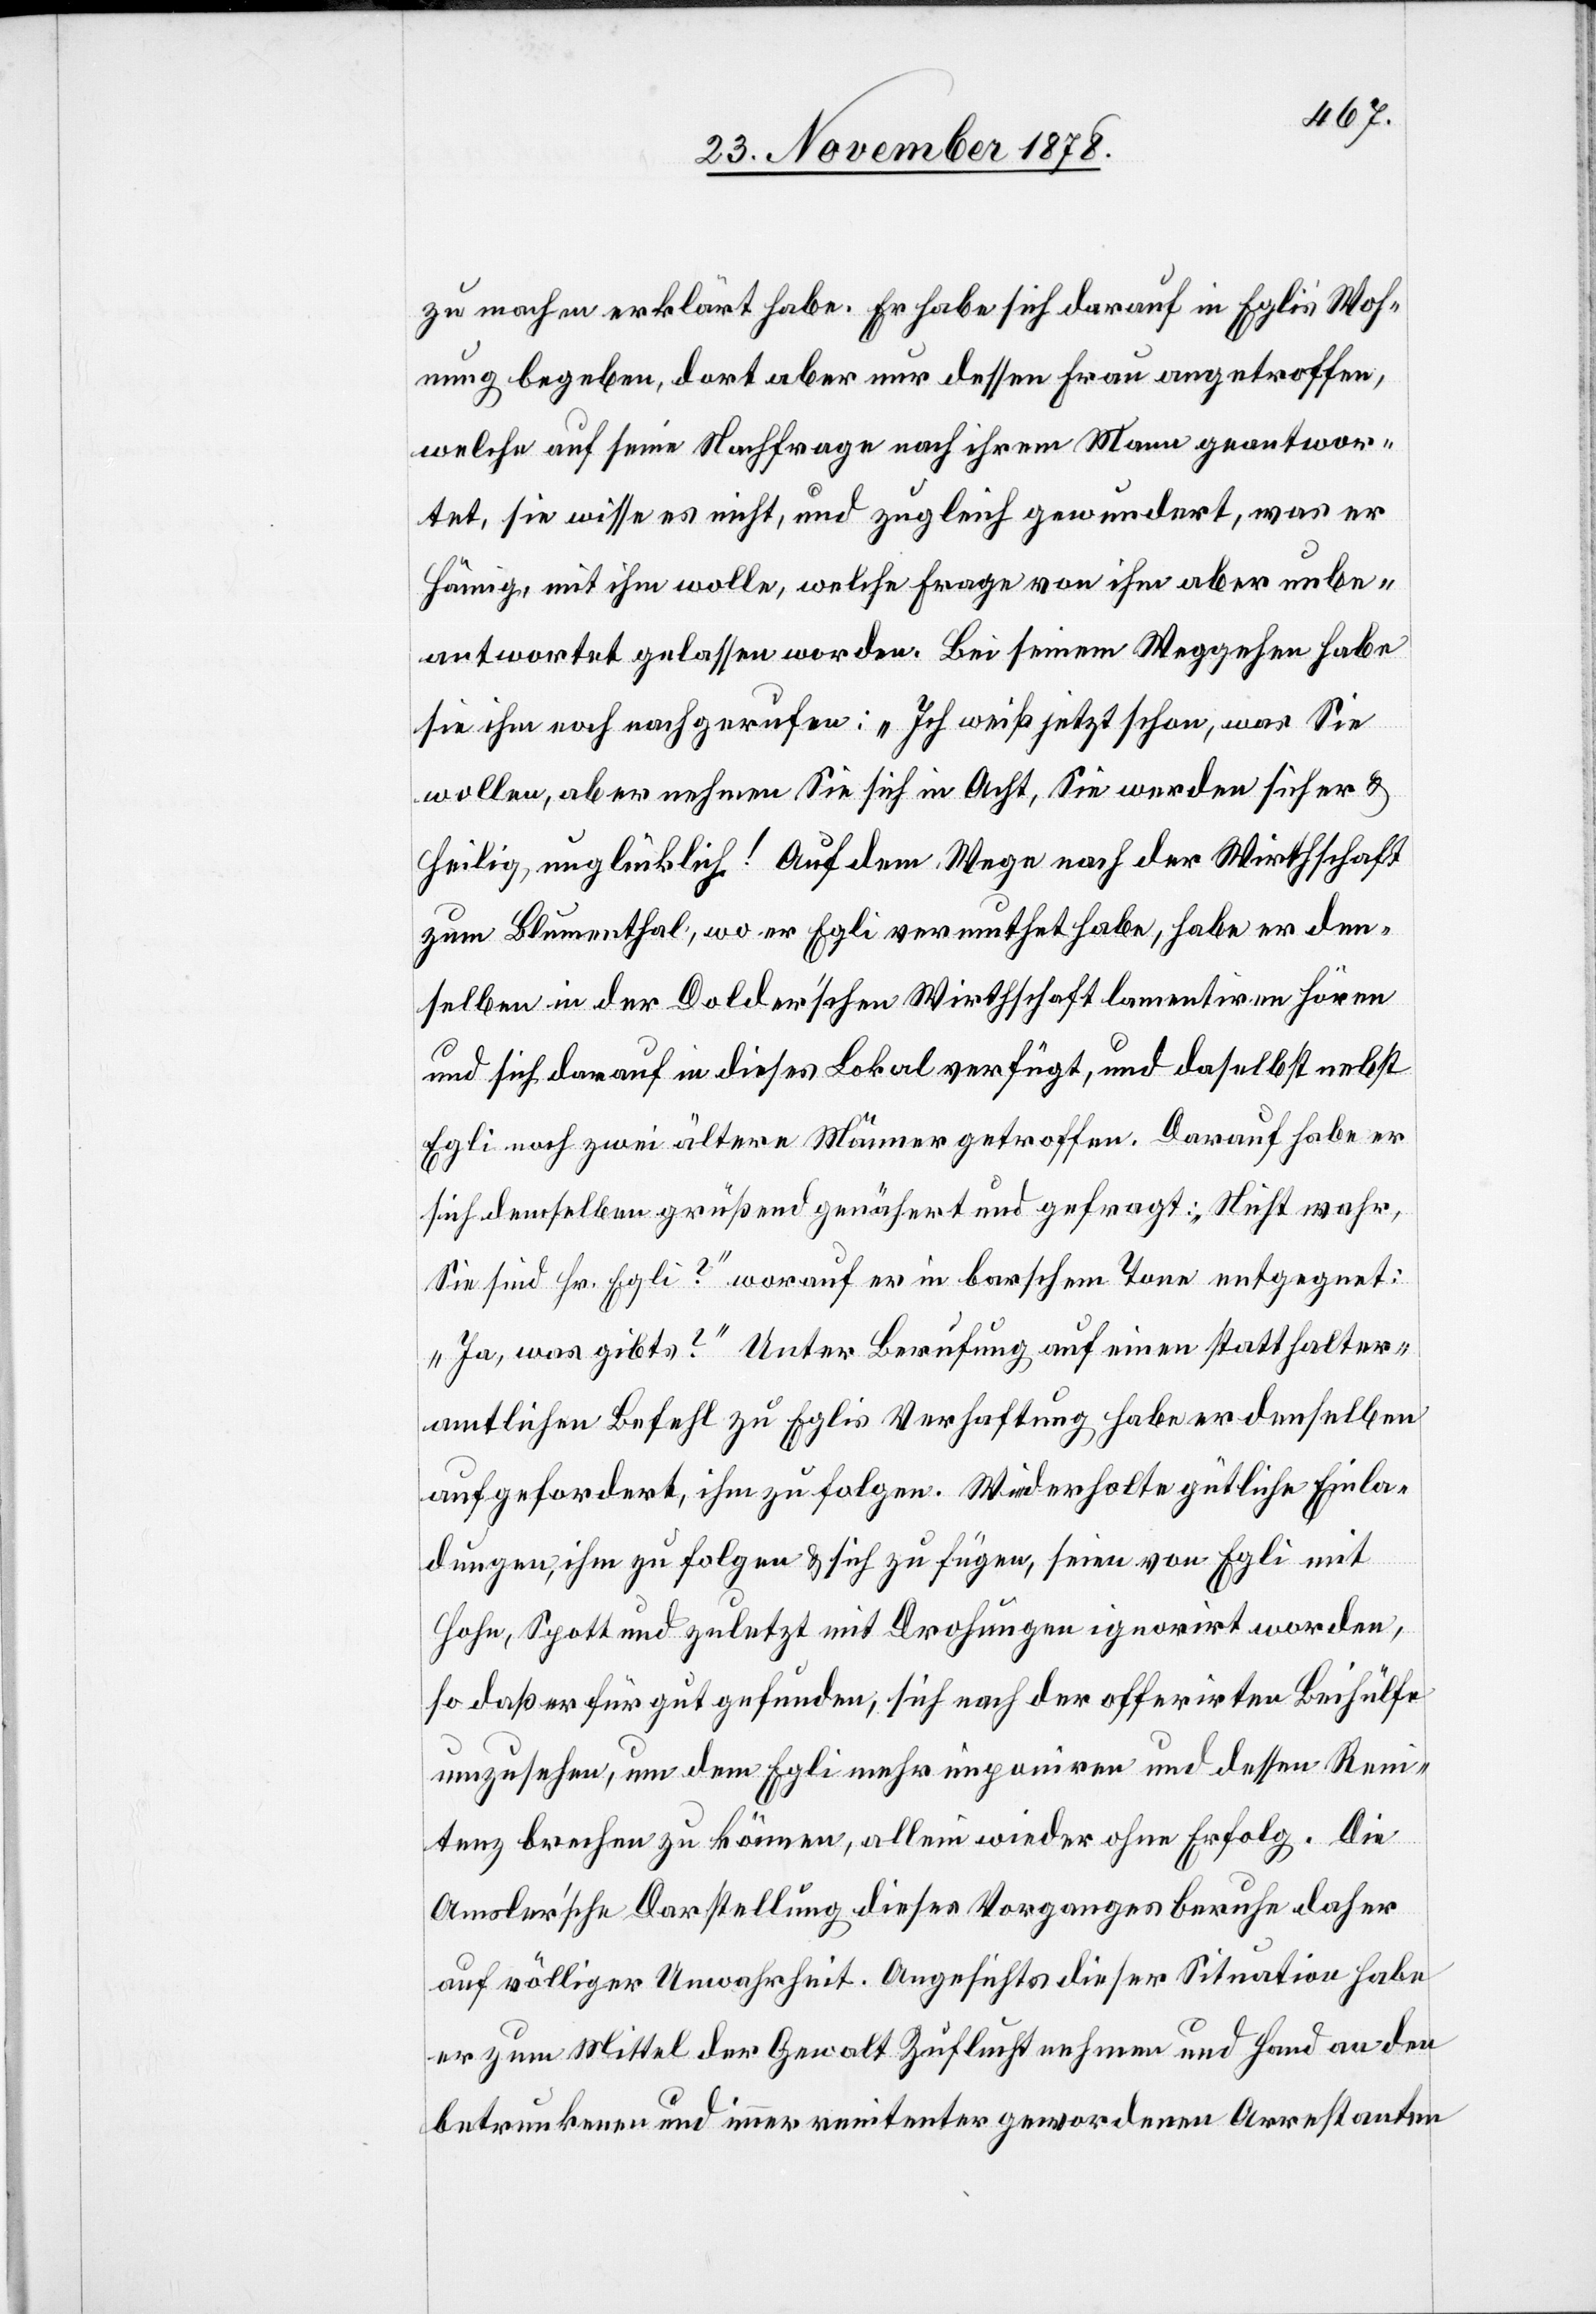
zu machen erklärt habe. Er habe sich darauf in Egli’s Woh¬
nung begeben, dort aber nur dessen Frau angetroffen,
welche auf seine Nachfrage nach ihrem Mann geantwor¬
tet, sie wisse es nicht, und zugleich gewundert, was er
Hämig, mit ihm wolle, welche Frage von ihm aber unbe¬
antwortet gelassen worden. Bei seinem Weggehen habe
sie ihm noch nachgerufen: „Ich weiß jetzt schon, was Sie
wollen, aber nehmen Sie sich in Acht, sie werden sicher &
heilig, unglücklich!“ Auf dem Wege nach der Wirthschaft
zum Blumenthal, wo er Egli vermuthet habe, habe er den¬
selben in der Dolder’schen Wirthschaft lamentiren hören
und sich darauf in dieses Lokal verfügt, und daselbst nebst
Egli noch zwei ältere Männer getroffen. Darauf habe er
sich demselben grüßend genähert und gefragt: „Nicht wahr,
Sie sind Hr. Egli?“ worauf er in barschem Ton entgegnet:
„Ja, was gibt’s?“ Unter Berufung auf einen statthalter¬
amtlichen Befehl zu Eglis Verhaftung habe er denselben
aufgefordert, ihm zu folgen. Wiederholte gütliche Einla¬
dungen, ihm zu folgen & sich zu fügen, seien von Egli mit
Hohn, Spott und zuletzt mit Drohungen ignorirt worden,
so daß er für gut gefunden, sich nach der offerirten Beihülfe
umzusehen, um dem Egli mehr imponiren und dessen Reni¬
tenz brechen zu können, allein wieder ohne Erfolg. Die
Amsler’sche Darstellung dieses Vorganges beruhe daher
auf völliger Unwahrheit. Angesichts dieser Situation habe
er zum Mittel der Gewalt Zuflucht nehmen und Hand an den
betrunkenen und immer renitenter gewordenen Arrestanten